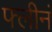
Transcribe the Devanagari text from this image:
फ्लीनं